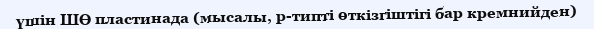
үшін ШӨ пластинада (мысалы, р-типті өткізгіштігі бар кремнийден)